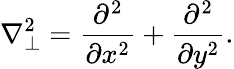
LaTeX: \nabla_{\perp}^{2}=\frac{\partial^{2}}{\partial x^{2}}+\frac{\partial^{2}}{\partial y^{2}}.